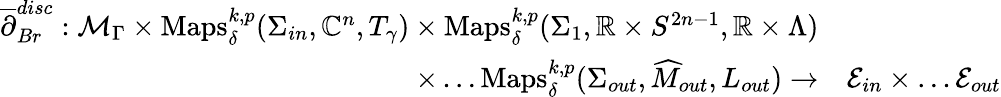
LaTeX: \begin{array}{rl}{\overline{{\partial}}_{Br}^{disc}:\mathcal{M}_{\Gamma}\times\mathrm{Maps}_{\delta}^{k,p}(\Sigma_{in},\mathbb{C}^{n},T_{\gamma})\times\mathrm{Maps}_{\delta}^{k,p}(\Sigma_{1},\mathbb{R}\times S^{2n-1},\mathbb{R}\times\Lambda)}\\ {\times\dots\mathrm{Maps}_{\delta}^{k,p}(\Sigma_{out},\widehat M_{out},L_{out})\to}&{\mathcal{E}_{in}\times\dots\mathcal{E}_{out}}\end{array}